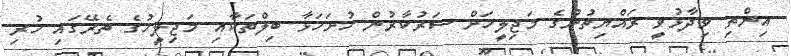
އިންތި ވިދާޅުވީ ރައްޔިތުންގެ މަޖިލީހަށް ސަރުކާރުން ހުށަހަޅާ ބިލްތަކާއި މަޖިލީހުގެ ތެރޭގައި ހުރި